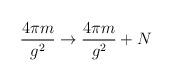
LaTeX: \begin{align*}{4\pi m\over g^{2}} \rightarrow {4\pi m\over g^{2}} + N\end{align*}